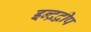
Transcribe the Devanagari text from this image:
इन्द्रद्वीप